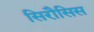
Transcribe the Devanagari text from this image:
सिरौसिस